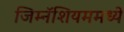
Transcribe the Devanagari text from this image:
जिम्नॅशियममध्ये